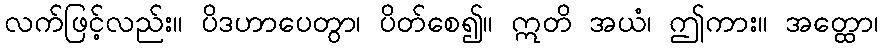
လက်ဖြင့်လည်း။ ပိဒဟာပေတွာ၊ ပိတ်စေ၍။ ဣတိ အယံ၊ ဤကား။ အတ္ထော၊